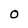
Character: 0